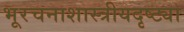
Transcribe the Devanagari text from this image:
भूरचनाशास्त्रीयदृष्ट्या